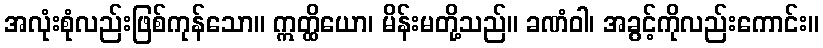
အလုံးစုံလည်းဖြစ်ကုန်သော။ ဣတ္ထိယော၊ မိန်းမတို့သည်။ ခဏံဝါ၊ အခွင့်ကိုလည်းကောင်း။